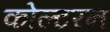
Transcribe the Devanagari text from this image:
कोल्टरन